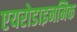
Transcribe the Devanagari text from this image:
एयरोडाइनमिक